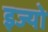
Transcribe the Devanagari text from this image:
इज्यो